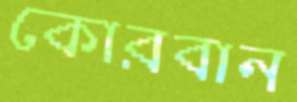
কোরবান